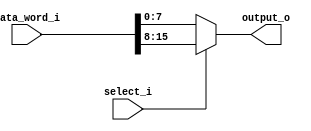
module byte_select_demux (
  input [15:0] data_word_i,

  input select_i,

  output reg [7:0] output_o
);

always @(*) begin
  if (select_i)
    output_o = data_word_i[15:8];
  else begin
    output_o = data_word_i[7:0];
  end
end

endmodule